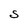
Character: S